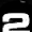
Digit: 2